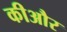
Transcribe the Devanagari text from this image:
कीऔर